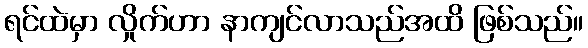
ရင်ထဲမှာ လှိုက်ဟာ နာကျင်လာသည်အထိ ဖြစ်သည်။